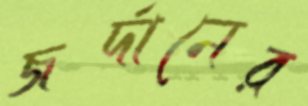
জর্দানের